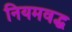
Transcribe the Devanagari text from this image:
नियमवद्ध